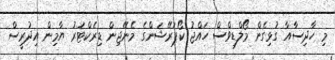
މި ހާދިސާއާ ގުޅިގެން މޯލްޑިވްސް ހައްޖު ކޯޕަރޭޝަންގެ މެނޭޖިން ޑިރެކްޓަރު ޔާމިން އިދުރީސް